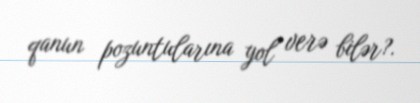
qanun pozuntularına yol verə bilər?.